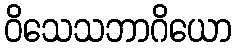
ဝိသေသဘာဂိယော